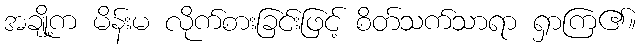
အချို့က မိန်းမ လိုက်စားခြင်းဖြင့် စိတ်သက်သာရာ ရှာကြ၏။